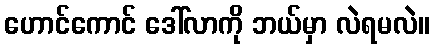
ဟောင်ကောင် ဒေါ်လာကို ဘယ်မှာ လဲရမလဲ။